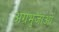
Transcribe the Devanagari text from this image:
अग्रभुजाओं